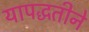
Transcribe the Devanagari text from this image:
यापद्धतीने